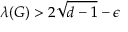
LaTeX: \lambda ( G ) > 2 { \sqrt { d - 1 } } - \epsilon